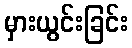
မှားယွင်းခြင်း